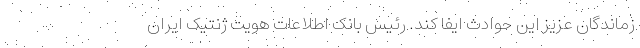
زماندگان عزيز اين حوادث ايفا کند. رئیس بانک اطلاعات هویت ژنتیک ایران